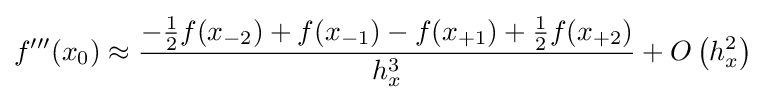
f'''(x_{0})\approx {\frac {-{\frac {1}{2}}f(x_{-2})+f(x_{-1})-f(x_{+1})+{\frac {1}{2}}f(x_{+2})}{h_{x}^{3}}}+O\left(h_{x}^{2}\right)